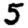
Digit: 5